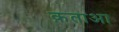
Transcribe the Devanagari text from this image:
क़ताआ